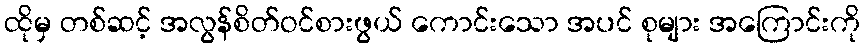
ထိုမှ တစ်ဆင့် အလွန်စိတ်ဝင်စားဖွယ် ကောင်းသော အပင် စုများ အကြောင်းကို